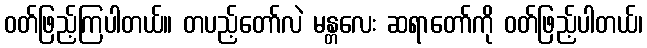
ဝတ်ဖြည့်ကြပါတယ်။ တပည့်တော်လဲ မန္တလေး ဆရာတော်ကို ဝတ်ဖြည့်ပါတယ်၊